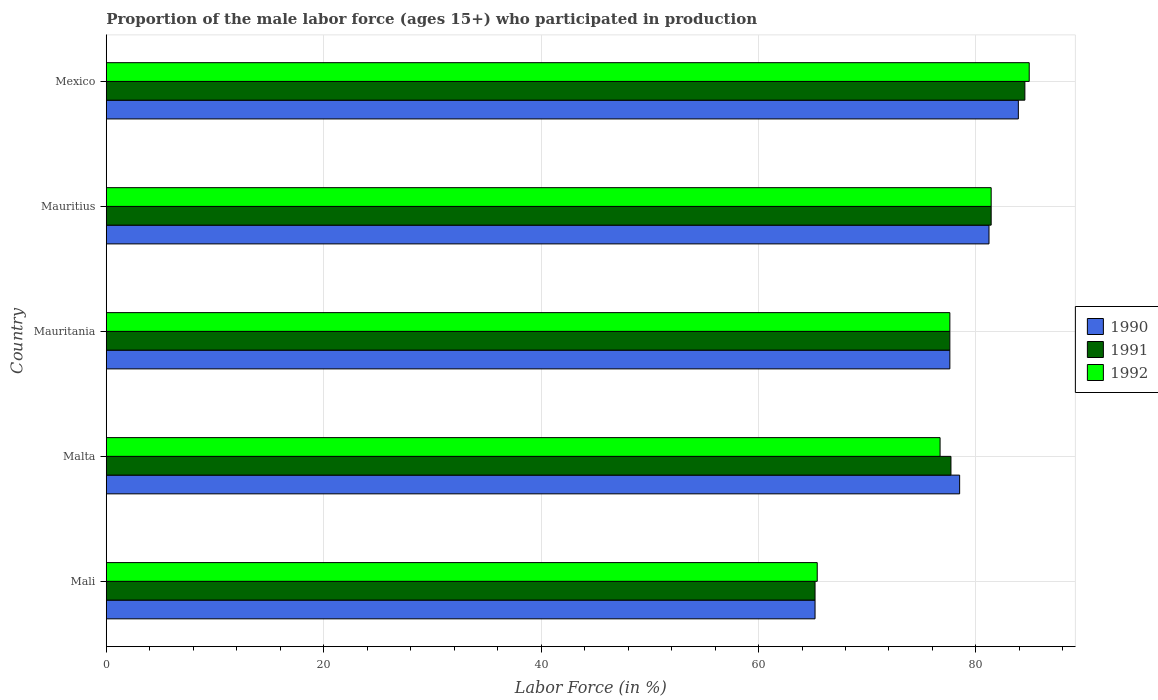
| Country | 1990 | 1991 | 1992 |
 | --- | --- | --- | --- |
 | Mali | 65.2 | 65.2 | 65.4 |
 | Malta | 78.5 | 77.7 | 76.7 |
 | Mauritania | 77.6 | 77.6 | 77.6 |
 | Mauritius | 81.2 | 81.4 | 81.4 |
 | Mexico | 83.9 | 84.5 | 84.9 |